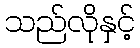
သည်လိုနှင့်